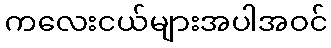
ကလေးငယ်များအပါအဝင်